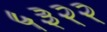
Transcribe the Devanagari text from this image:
५३२२